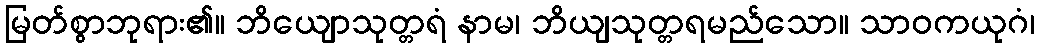
မြတ်စွာဘုရား၏။ ဘိယျောသုတ္တရံ နာမ၊ ဘိယျသုတ္တရမည်သော။ သာဝကယုဂံ၊